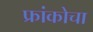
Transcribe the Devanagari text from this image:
फ्रांकोचा